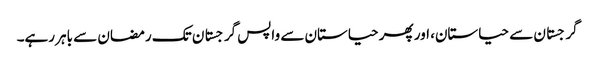
گرجستان سے حیاستان، اور پھر حیاستان سے واپس گرجستان تک رمضان سے باہر رہے۔